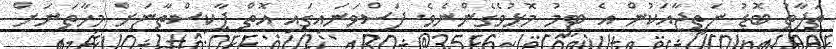
ތަފާތު ބޮޑު ނަތީޖާއަކުން އެ ޓީމު މޮޅުވެގެންނެވެ. ފަސްވަނައިގައި އޮތް ޕާކިސްތާނަށް މިހާތަނަށް